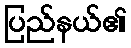
ပြည်နယ်၏